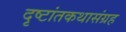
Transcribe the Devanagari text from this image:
दृष्टांतकथासंग्रह